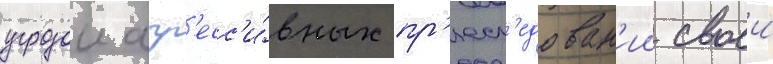
угрозои агр'есс'и́вных пр'есл'едован'ии своеи